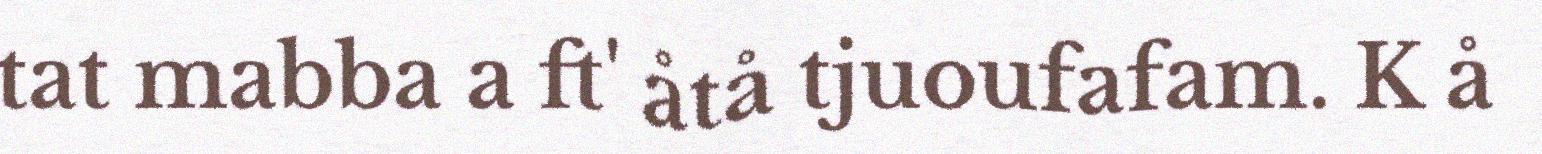
tat mabba a ft' åtå tjuoufafam. K å